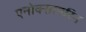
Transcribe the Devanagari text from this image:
एनोक्सापरिन